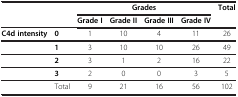
<table><thead><tr><td colspan="2"><b> </b></td><td colspan="4"><b>Grades</b></td><td><b>Total</b></td></tr><tr><td colspan="2"><b> </b></td><td><b>Grade I</b></td><td><b>Grade II</b></td><td><b>Grade III</b></td><td><b>Grade IV</b></td><td><b> </b></td></tr></thead><tbody><tr><td><b>C4d intensity</b></td><td><b>0</b></td><td>1</td><td>10</td><td>4</td><td>11</td><td>26</td></tr><tr><td> </td><td><b>1</b></td><td>3</td><td>10</td><td>10</td><td>26</td><td>49</td></tr><tr><td> </td><td><b>2</b></td><td>3</td><td>1</td><td>2</td><td>16</td><td>22</td></tr><tr><td> </td><td><b>3</b></td><td>2</td><td>0</td><td>0</td><td>3</td><td>5</td></tr><tr><td> </td><td>Total</td><td>9</td><td>21</td><td>16</td><td>56</td><td>102</td></tr></tbody></table>